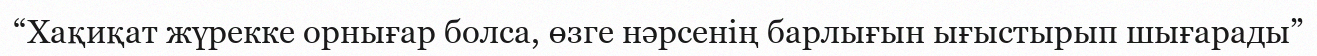
“Хақиқат жүрекке орнығар болса, өзге нәрсенің барлығын ығыстырып шығарады”